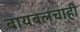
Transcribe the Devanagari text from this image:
बायबलचाही